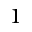
1